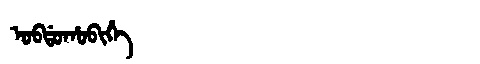
Manchu: ᠣᠪᡩᠣᡥᠣᠪᡳᡥᡝ
Romanization: OBDOHOBIHE